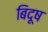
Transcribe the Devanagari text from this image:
बिदूष